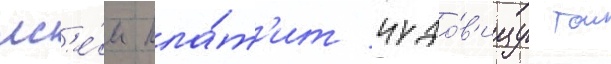
вс'е́м пла́т'ит чудо́в'ищу тои